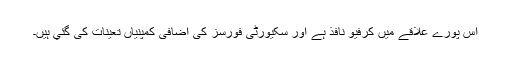
اس پورے علاقے میں کرفیو نافذ ہے اور سکیورٹی فورسز کی اضافی کمپنیاں تعینات کی گئي ہیں۔